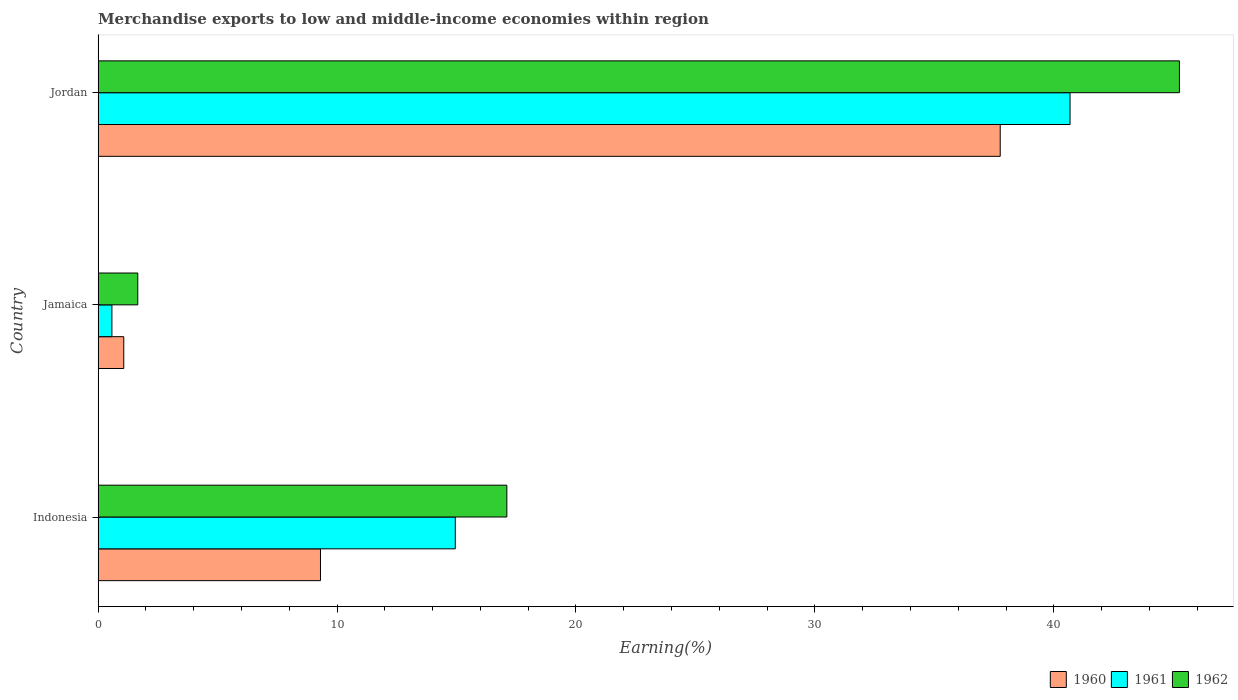
| Country | 1960 | 1961 | 1962 |
 | --- | --- | --- | --- |
 | Indonesia | 9.31 | 14.9 | 17.1 |
 | Jamaica | 1.07 | 0.577 | 1.66 |
 | Jordan | 37.8 | 40.7 | 45.3 |